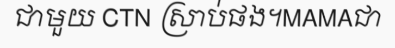
ជាមួយ CTN ស្រាប់ផង។MAMAជា